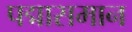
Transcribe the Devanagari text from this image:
पद्मासमान